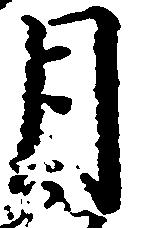
月